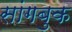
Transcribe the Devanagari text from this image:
सांगबुक